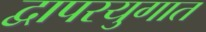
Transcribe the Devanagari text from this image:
द्वापरयुगात